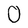
Character: 0